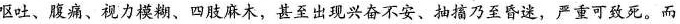
呕吐、腹痛、视力模糊、四肢麻木，甚至出现兴奋不安、抽搐乃至昏迷，严重可致死。而